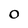
Character: 0